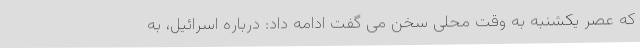
که عصر یکشنبه به وقت محلی سخن می گفت ادامه داد: درباره اسرائیل، به